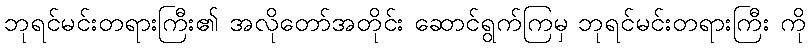
ဘုရင်မင်းတရားကြီး၏ အလိုတော်အတိုင်း ဆောင်ရွက်ကြမှ ဘုရင်မင်းတရားကြီး ကို